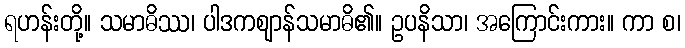
ရဟန်းတို့။ သမာဓိဿ၊ ပါဒကဈာန်သမာဓိ၏။ ဥပနိသာ၊ အကြောင်းကား။ ကာ စ၊